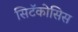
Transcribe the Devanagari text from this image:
सिटॅकोसिस